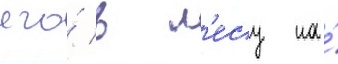
его́ в л'есу на́